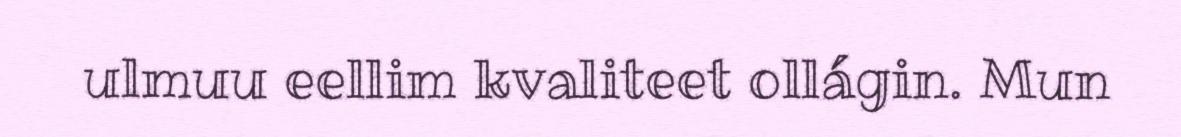
ulmuu eellim kvaliteet ollágin. Mun